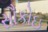
સૌકોઇ